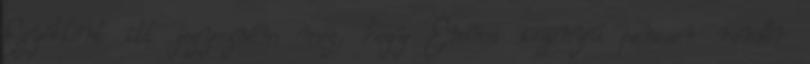
Egyébként itt jegyezném meg, hogy Emma iszonyú pancser rendőr